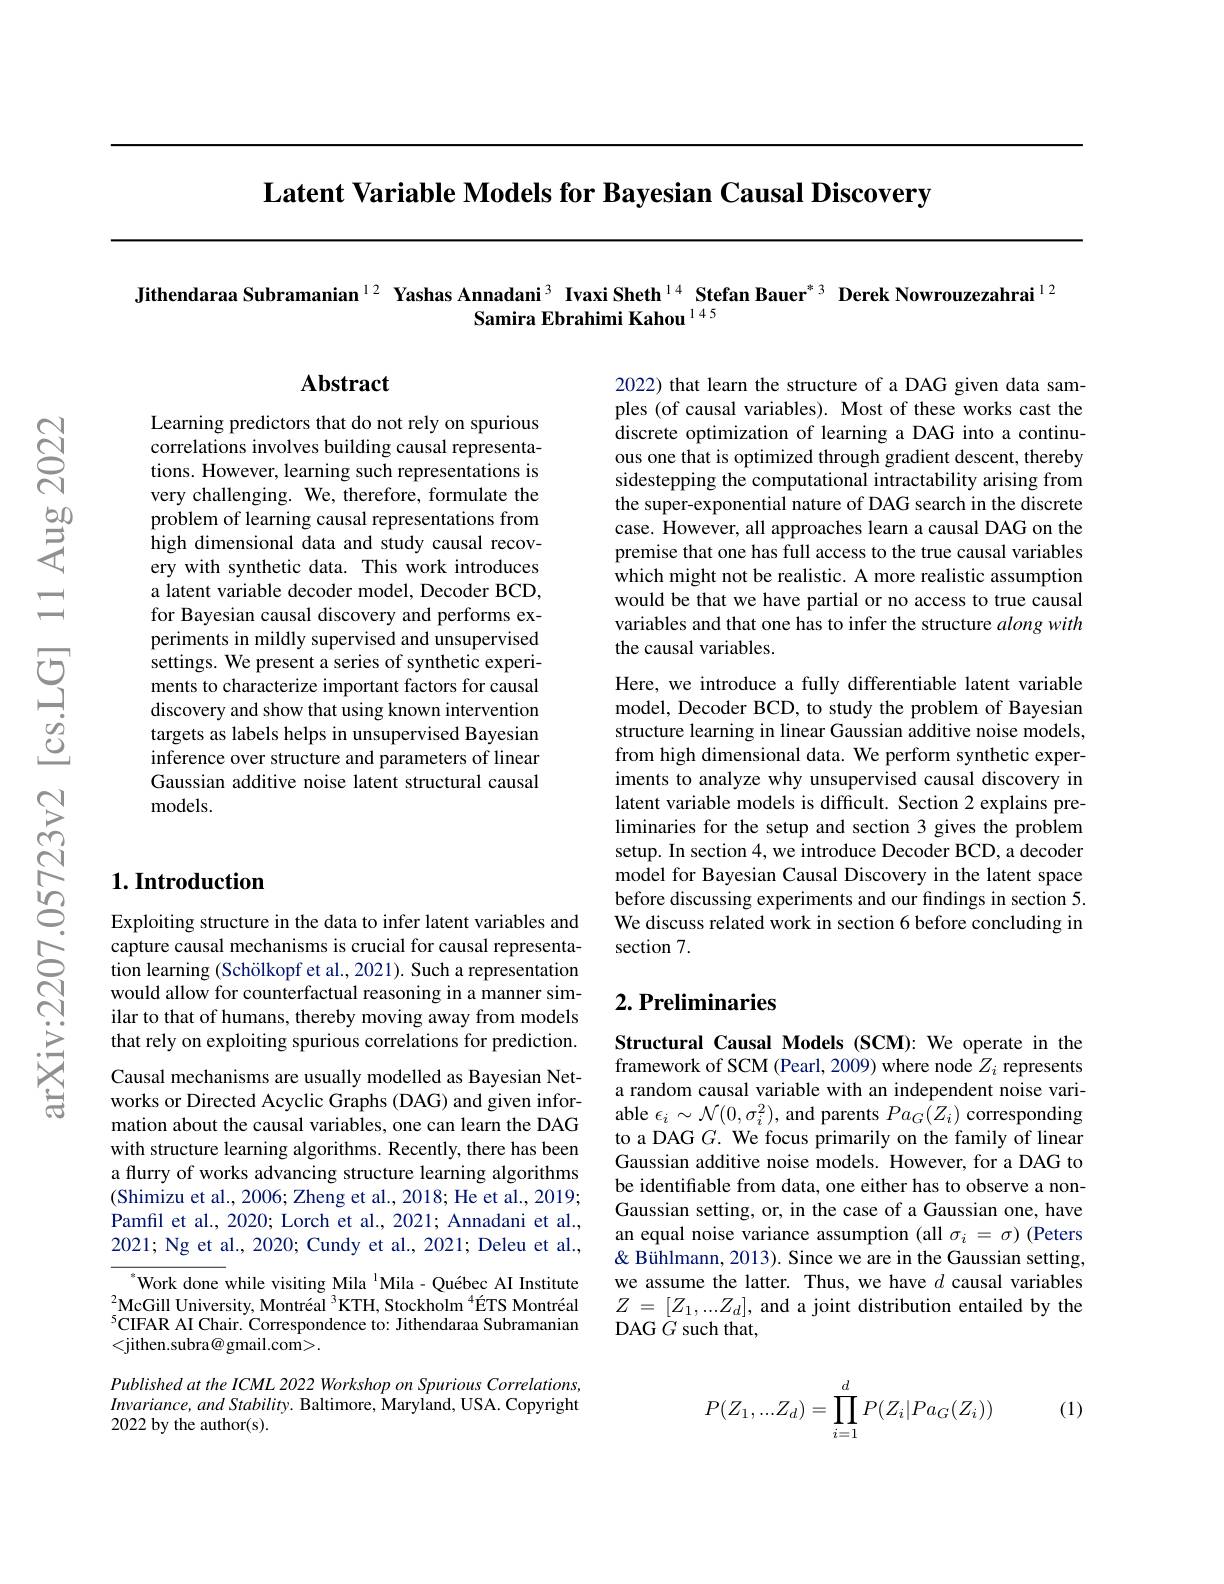
$\textbf{Latent Variable Models for Bayesian Causal Discovery}$

Jithendaraa Subramanian$^{12}$ Yashas Annadani$^{3}$ Ivaxi Sheth$^{14}$ Stefan Bauer$^{*3}$ Derek Nowrouzezahrai$^{12}$
Samira Ebrahimi Kahou $^{145}$

## Abstract

2022) that learn the structure of a DAG given data samples (of causal variables). Most of these works cast the discrete optimization of learning a DAG into a continuous one that is optimized through gradient descent, thereby sidestepping the computational intractability arising from the super-exponential nature of DAG search in the discrete case. However, all approaches learn a causal DAG on the premise that one has full access to the true causal variables $\hat{\text{which might not be realistic. A more realistic assumption}}$ would be that we have partial or no access to true causal variables and that one has to infer the structure along with the causal variables.

Learning predictors that do not rely on spurious correlations involves building causal representations. However, learning such representations is very challenging. We, therefore, formulate the problem of learning causal representations from high dimensional data and study causal recovery with synthetic data. This work introduces a latent variable decoder model, Decoder BCD, for Bayesian causal discovery and performs experiments in mildly supervised and unsupervised settings. We present a series of synthetic experiments to characterize important factors for causal discovery and show that using known intervention targets as labels helps in unsupervised Bayesian inference over structure and parameters of linear Gaussian additive noise latent structural causal models.

Here, we introduce a fully differentiable latent variable model, Decoder BCD, to study the problem of Bayesian structure learning in linear Gaussian additive noise models, from high dimensional data. We perform synthetic experiments to analyze why unsupervised causal discovery in latent variable models is difficult. Section 2 explains preliminaries for the setup and section 3 gives the problem setup. In section 4, we introduce Decoder BCD, a decoder model for Bayesian Causal Discovery in the latent space before discussing experiments and our findings in section 5. We discuss related work in section 6 before concluding in section 7.

## $1. \textbf{Introduction}$

Exploiting structure in the data to infer latent variables and capture causal mechanisms is crucial for causal representation learning (Schölkopf et al., 2021). Such a representation would allow for counterfactual reasoning in a manner similar to that of humans, thereby moving away from models that rely on exploiting spurious correlations for prediction.

## $2. \textbf{ Preliminaries}$

Causal mechanisms are usually modelled as Bayesian Networks or Directed Acyclic Graphs (DAG) and given infor- $\begin{aligned}&\text{wolks of Dilecteu Acychic Gaplis (DAU) anid given millor-}\\&\text{mation about the causal variables, one can learn the DAG}&&\text{able }\epsilon_{i}\sim\mathcal{N}(0,\sigma_{i}^{2}),\text{and parents }Pa_{G}(Z_{i})\text{ corresponding}\\&\text{to a DAG }G.\text{ We focus primarily on the family of lin}\end{aligned}$
with structure learning algorithms. Recently, there has been a flurry of works advancing structure learning algorithms (Shimizu et al., 2006; Zheng et al., 2018; He et al., 2019; Pamfil et al., 2020; Lorch et al., 2021; Annadani et al., 2021; Ng et al., 2020; Cundy et al., 2021; Deleu et al.,

Structural Causal Models (SCM): We operate in the framework of SCM (Pearl, 2009) where node $Z_i$ represents a random causal variable with an independent noise variGaussian additive noise models. However, for a DAG to be identifiable from data, one either has to observe a nonGaussian setting, or, in the case of a Gaussian one, have an equal noise variance assumption (all $\sigma_i=\sigma)$ (Peters & Bühlmann, 2013). Since we are in the Gaussian setting, we assume the latter. Thus, we have $d$ causal variables $Z=[Z_{1},...Z_{d}]$, and a joint distribution entailed by the DAG $G$ such that,

$^{*}$Work done while visiting Mila $^{\mathrm{l}}$Mila- Québec AI Institute $^{2}$McGill University, Montréal $^3$KTH, Stockholm $^{4}\text{\'{E} TS Montr\'{e} al}$ $^{5}$CIFAR AI Chair. Correspondence to: Jithendaraa Subramanian <jithen.subra@ gmail.com>.

Published at the ICML 2022 Workshop on Spurious Correlations, Invariance, and Stability. Baltimore, Maryland, USA. Copyright 2022 by the author(s).

(1)
$$P(Z_1,...Z_d)=\prod_{i=1}^dP(Z_i|Pa_G(Z_i))$$